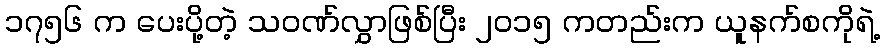
၁၇၅၆ က ပေးပို့တဲ့ သဝဏ်လွှာဖြစ်ပြီး ၂၀၁၅ ကတည်းက ယူနက်စကိုရဲ့